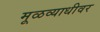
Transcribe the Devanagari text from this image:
मूळव्याधीवर